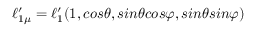
\ell _ { 1 \mu } ^ { \prime } = \ell _ { 1 } ^ { \prime } ( 1 , c o s \theta , s i n \theta c o s \varphi , s i n \theta s i n \varphi )